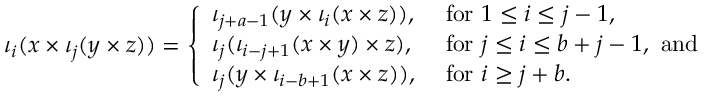
\iota _ { i } ( x \times \iota _ { j } ( y \times z ) ) = \left\{ \begin{array} { l l } { { \iota _ { j + a - 1 } ( y \times \iota _ { i } ( x \times z ) ) , } } & { { \mathrm { ~ f o r ~ } 1 \leq i \leq j - 1 , } } \\ { { \iota _ { j } ( \iota _ { i - j + 1 } ( x \times y ) \times z ) , } } & { { \mathrm { ~ f o r ~ } j \leq i \leq b + j - 1 , \mathrm { ~ a n d } } } \\ { { \iota _ { j } ( y \times \iota _ { i - b + 1 } ( x \times z ) ) , } } & { { \mathrm { ~ f o r ~ } i \geq j + b . } } \end{array} \right.